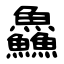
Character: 鱻